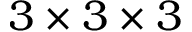
3 \times 3 \times 3